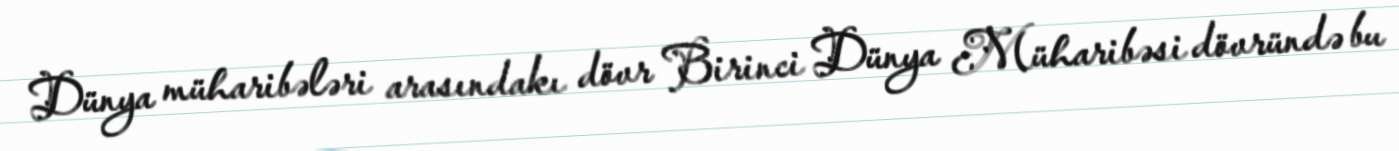
Dünya müharibələri arasındakı dövr Birinci Dünya Müharibəsi dövründə bu